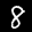
Label: 8